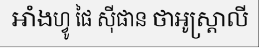
អាំងហ្វូ ផៃ ស៊ីផាន ថាអូស្ត្រាលី